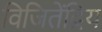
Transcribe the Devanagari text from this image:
विजितेंद्रिय